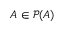
A \in \mathcal { P } ( A )